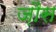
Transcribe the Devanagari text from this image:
ज़ौस